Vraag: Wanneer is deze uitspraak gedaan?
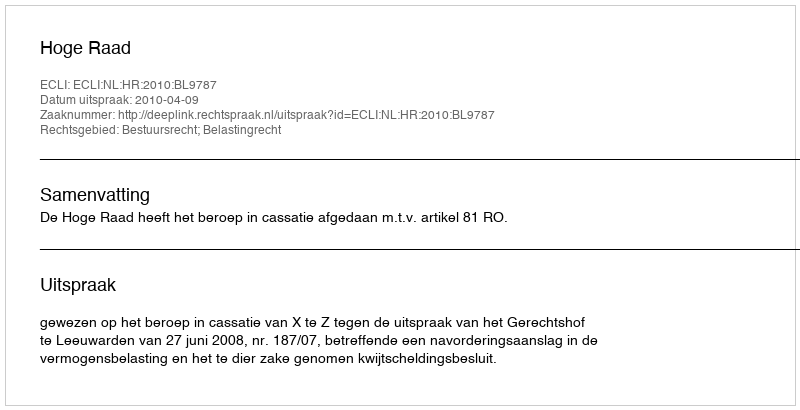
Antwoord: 2010-04-09